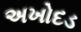
અખોદડ